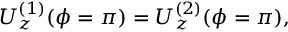
U _ { z } ^ { ( 1 ) } ( \phi = \pi ) = U _ { z } ^ { ( 2 ) } ( \phi = \pi ) ,